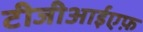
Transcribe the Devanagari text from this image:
टीजीआईएफ़